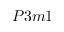
P 3 m 1